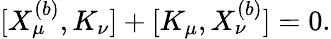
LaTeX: [X_{\mu}^{(b)},K_{\nu}]+[K_{\mu},X_{\nu}^{(b)}]=0.